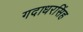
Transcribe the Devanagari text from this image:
गदाधरसिंह